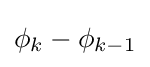
\phi _{k}-\phi _{k-1}